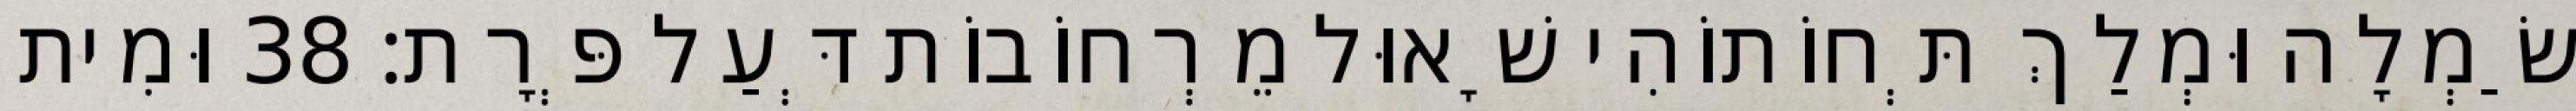
שַׂמְלָה וּמְלַךְ תְּחוֹתוֹהִי שָׁאוּל מֵרְחוֹבוֹת דְּעַל פְּרָת׃ 38 וּמִית